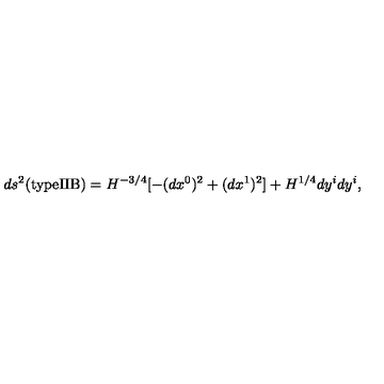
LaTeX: d s ^ { 2 } ( \mathrm { t y p e I I B } ) = H ^ { - 3 / 4 } [ - ( d x ^ { 0 } ) ^ { 2 } + ( d x ^ { 1 } ) ^ { 2 } ] + H ^ { 1 / 4 } d y ^ { i } d y ^ { i } ,